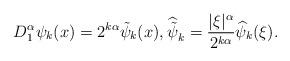
LaTeX: \begin{align*}D_1^\alpha \psi_k(x)=2^{k\alpha} \tilde \psi_k(x), \widehat{\tilde{\psi}}_k=\frac{\vert \xi \vert^\alpha}{2^{k \alpha}} \widehat{\psi}_k(\xi).\end{align*}